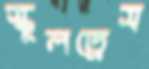
স্কুলড্রেস